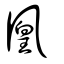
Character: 凰